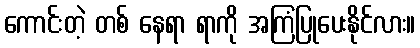
ကောင်းတဲ့ တစ် နေရာ ရာကို အကြံပြုပေးနိုင်လား။